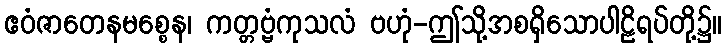
ဧဝံဇာတေနမစ္စေန၊ ကတ္တဗ္ဗံကုသလံ ဗဟုံ-ဤသို့အစရှိသောပါဠိရပ်တို့၌။